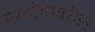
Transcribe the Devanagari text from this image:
प्रयोगावरील